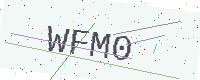
Text: WFM0